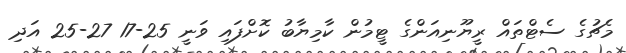
މެޗުގެ ސެޓްތައް ރީޔޫނިއަންގެ ޓީމުން ކާމިޔާބު ކޮށްފައި ވަނީ 25-17 27-25 އަދި